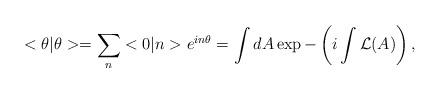
LaTeX: \begin{align*}<\theta|\theta> = \sum_n <0 |n>e^{in \theta} = \int dA \exp -\left( i \int {\cal L}(A) \right),\end{align*}